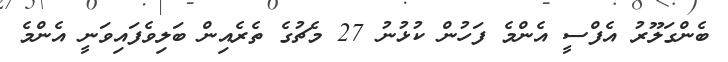
ބެންގަލޫރު އެފްސީ އެންމެ ފަހުން ކުޅުނު 27 މެޗުގެ ތެރެއިން ބަލިވެފައިވަނީ އެންމެ